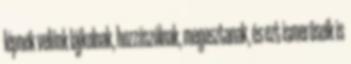
lépnek velünk lájkolnak, hozzászólnak, megosztanak, és ezt ismerőseik is